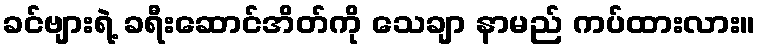
ခင်ဗျားရဲ့ ခရီးဆောင်အိတ်ကို သေချာ နာမည် ကပ်ထားလား။